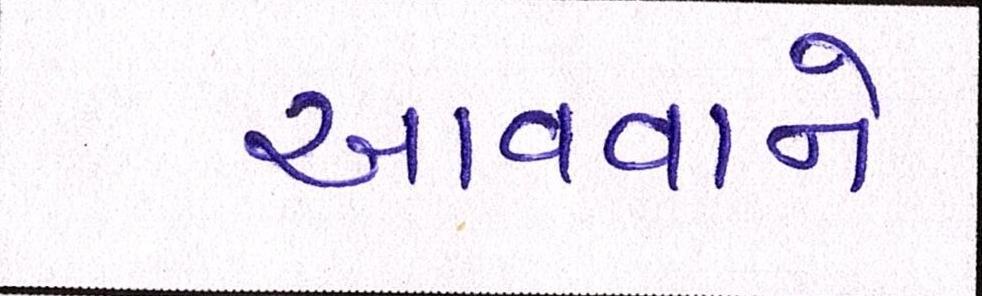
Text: આવવાને